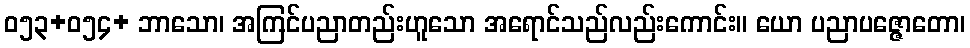
ဝ၅၃+၀၅၄+ ဘာသော၊ အကြင်ပညာတည်းဟူသော အရောင်သည်လည်းကောင်း။ ယော ပညာပဇ္ဇောတော၊